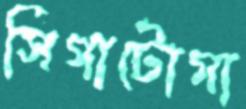
সিগাটোগা